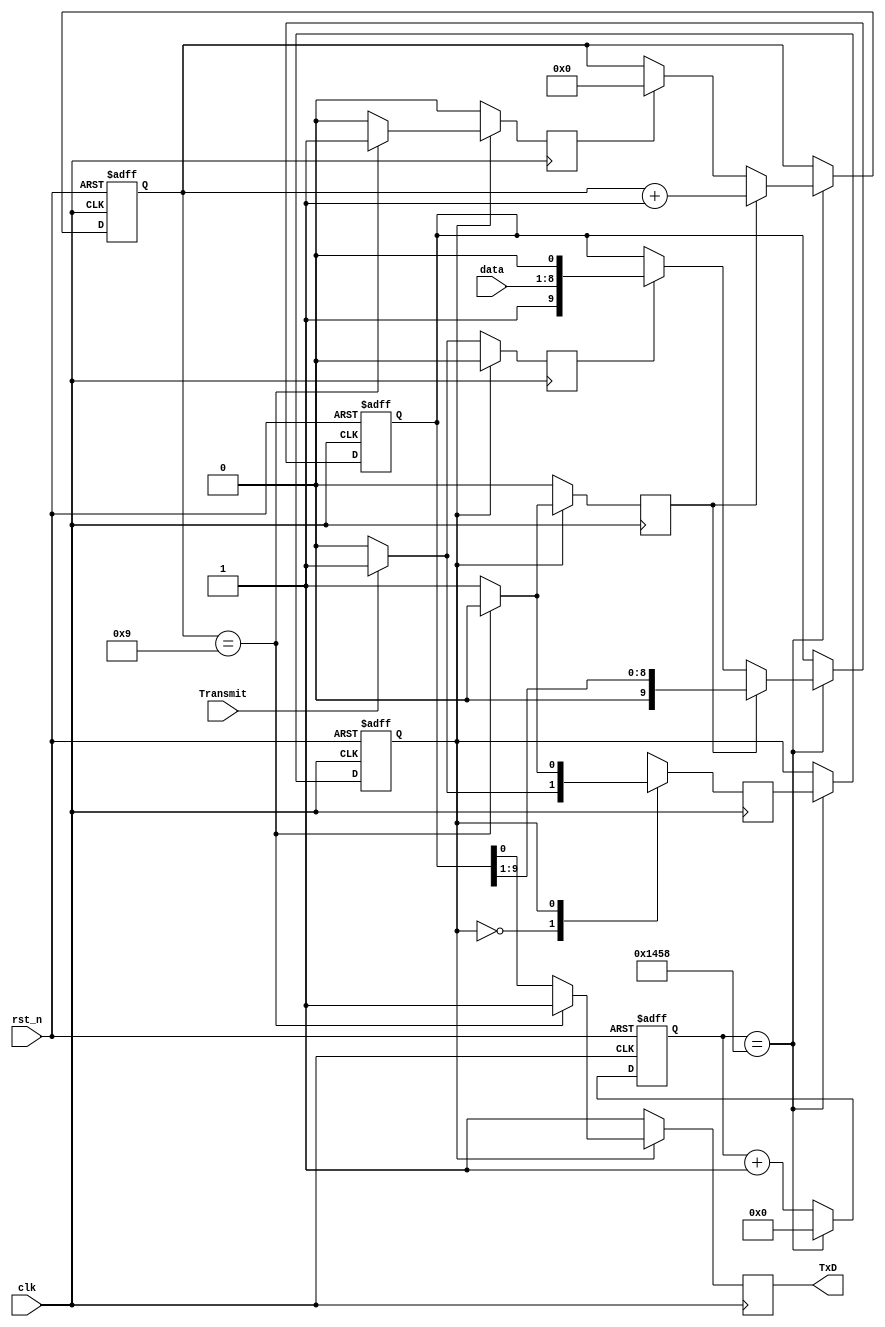
`timescale 1ns / 1ps
//////////////////////////////////////////////////////////////////////////////////
// Company: 
// Engineer: 
// 
// Design Name: 
// Module Name: transmitter
// Project Name: 
// Target Devices: 
// Tool Versions: 
// Description: 
// 
// Dependencies: 
// 
// Revision:
// Revision 0.01 - File Created
// Additional Comments:
// 
//////////////////////////////////////////////////////////////////////////////////


module Transmitter(
    input clk, rst_n, Transmit,
    input [7:0] data,
    output reg TxD
    );
    
    reg [3:0] bit_counter =0; //counter for counting 10 bits, start data stop
    reg [12:0] baudrate_counter =0; //9600 = clock rate / bits per sec = 50mhz/9600 = 5208(13 bits) or 100mhz/9600=10,416=13bts
    reg [9:0] shift_right_reg =0 ; //10 bits seria;lly transmitted trhough uart port
    reg state =0, next_state=0; //idle, trasmit states
    reg shift; //shift signal to start shifting bits in the uart
    reg load; //load signal to start loading the data into the shiftright reg, and add start and stop bits as well
    reg clear; //reset the bit_counter for the uart transmission
    
    always@(posedge clk or negedge rst_n)
    begin
        if(rst_n == 1'b0 )
        begin
            state <= 1'b0; //idle state
//            next_state <= 1'b0;
            bit_counter <=4'b0000; //counter for bit transmittsion is reset to 0
            baudrate_counter <=13'b0000000000000;
            shift_right_reg <=10'b0000000000;
        end
        else
        begin
            baudrate_counter <= baudrate_counter + 1;
            if(baudrate_counter == 5208) //need to change for a 50mhz clock
            begin
                state <= next_state; //state changes from idel to transmission state
                baudrate_counter <= 13'b0000000000000;
                if(load == 1'b1)//if load is asserted
                begin
                    shift_right_reg <= {1'b1,{data}, 1'b0}; //stop bit, data, startbit: the data is loaded into the register
                end
                if(clear == 1'b1)
                begin
                    bit_counter <= 4'b0000;
                end
                if(shift ==1'b1)
                begin
                    shift_right_reg <= shift_right_reg >> 1; //start shifting from lsb, bit by bit, 10 bits
                    bit_counter<= bit_counter + 1;
                end
            end
        end
    end
    
    always@(posedge clk)
    begin
        load <= 1'b0;
        shift <= 1'b0;
        clear <= 1'b0;
        TxD <= 1'b1; //when asserted, no transmission in progress
        
        case (state) //idle state
        0: begin
            if(Transmit) //if transmitt is asserted, 
            begin
                next_state <= 1'b1; //trasnmission state
                load <=1'b1; //start loading the bits
                shift <=1'b0; // no shift at this point
                clear <=1'b0; // avoid clearing of any counter
            end
            else begin //if trasnmitt button is not asserted or pressed
                next_state <= 1'b0; //stays in idle mode
                TxD <= 1'b1; // no transmission
                load <=1'b0;
            end
        end
        1: begin //transmission state
           if(bit_counter == 9) // all 10(0-9) bits are transmitted
           begin
            next_state <=0; // switch from transmission mode to idle mode, beacause all the 10 bits are trassnmitted
            clear <= 1'b1; //clear all the counters
           end
           else begin // not transmitted all the 10 bits, still transmitting
            next_state <=1'b1; // statys in transmission state
            TxD <= shift_right_reg[0]; // transmit the lsb
            shift<=1'b1; // new bit arrives athe th LSB, continue shifting
           end
        end
        default: next_state <=1'b0;
        endcase
    end
    
        
endmodule